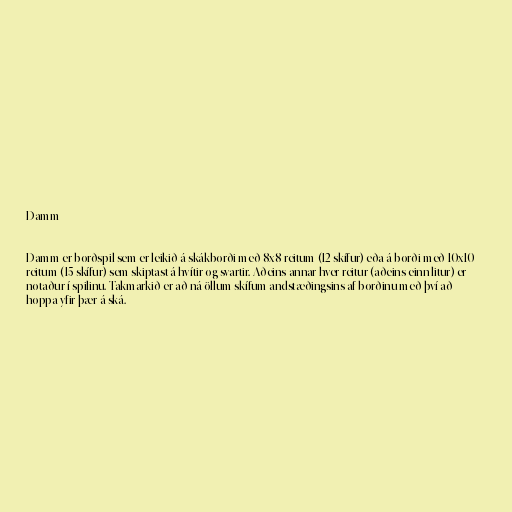
Damm

Damm er borðspil sem er leikið á skákborði með 8x8 reitum (12 skífur) eða á borði með 10x10
reitum (15 skífur) sem skiptast á hvítir og svartir. Aðeins annar hver reitur (aðeins einn litur) er
notaður í spilinu. Takmarkið er að ná öllum skífum andstæðingsins af borðinu með því að
hoppa yfir þær á ská.